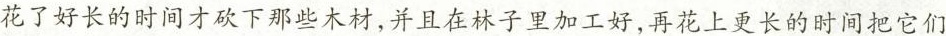
花了好长的时间才砍下那些木材，并且在林子里加工好，再花上更长的时间把它们